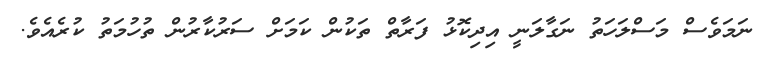
ނަމަވެސް މަސްލަހަތު ނަގާލަނީ އިދިކޮޅު ފަރާތް ތަކުން ކަމަށް ސަރުކާރުން ތުހުމަތު ކުރެއެވެ.